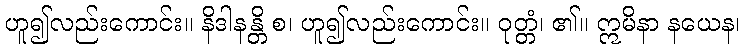
ဟူ၍လည်းကောင်း။ နိဒါနန္တိ စ၊ ဟူ၍လည်းကောင်း။ ဝုတ္တံ၊ ၏။ ဣမိနာ နယေန၊